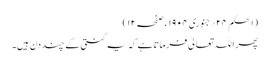
(الحکم ۲۴؍جنوری ۱۹۰۴ ء صفحہ ۱۲)
پھر اللہ تعالیٰ فرماتاہے کہ یہ گنتی کے چند دن ہیں۔